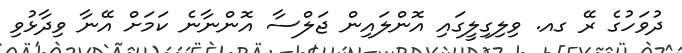
ދުވަހުގެ ރޭ ގއ. ވިލިގިލީގައި އޮންލައިން ޖަލްސާ އޮންނާނެ ކަމަށް އޭނާ ވިދާޅުވި